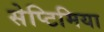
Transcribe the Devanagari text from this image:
सेप्टिमिया